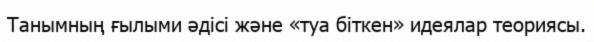
Танымның ғылыми әдісі және «туа біткен» идеялар теориясы.